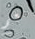
نعم